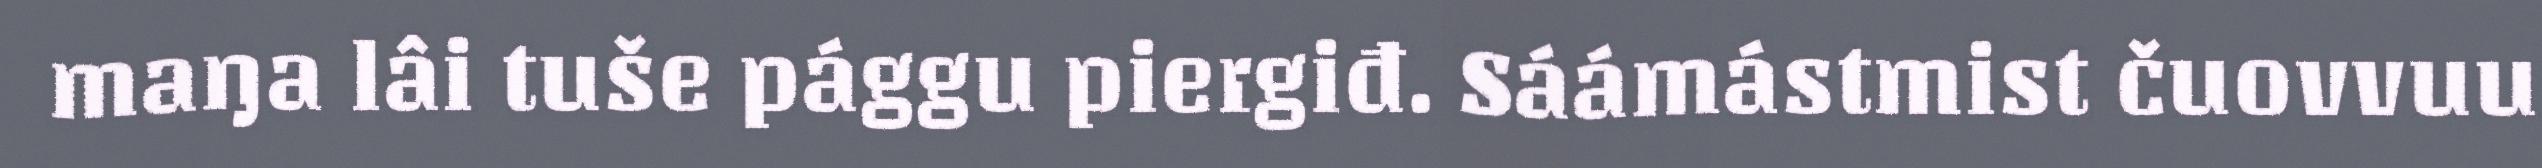
maŋa lâi tuše pággu piergiđ. Sáámástmist čuovvuu